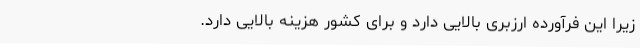
زیرا این فرآورده ارزبری بالایی دارد و برای کشور هزینه بالایی دارد.